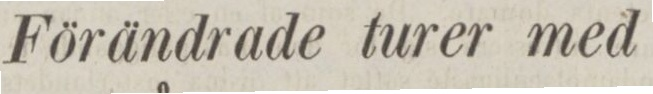
Förändrade turer med